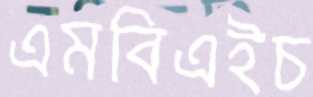
এমবিএইচ